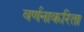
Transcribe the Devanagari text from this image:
वर्णनाकरिता